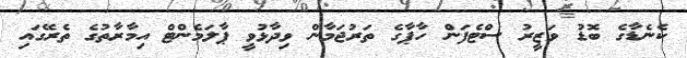
ކެނެޑާގެ ބޮޑު ވަޒީރު ސްޓެފަން ހާޕާގެ ތަރުޖަމާން ވިދާޅުވީ ޕާލަމެންޓް އިމާރާތުގެ ތެރޭގައި